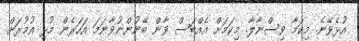
އުޅެވޭނެ. މިކަމާ ވިސްނާލާ. މިކަމަށް އެއްބަސް ވާން ބޭނުންނުވާނަމަ އަހަރެން މުޅި އުމުރަށް